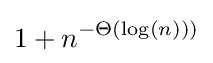
1+n^{-\Theta (\log(n)))}